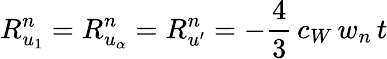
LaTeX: R_{u_{1}}^{n}=R_{u_{\alpha}}^{n}=R_{u^{\prime}}^{n}=-\frac{4}{3}\, c_{W}\, w_{n}\, t